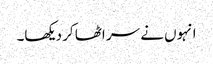
انہوں نے سر اٹھا کر دیکھا۔